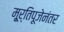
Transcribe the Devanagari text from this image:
मू्र्तिपूजेनंतर